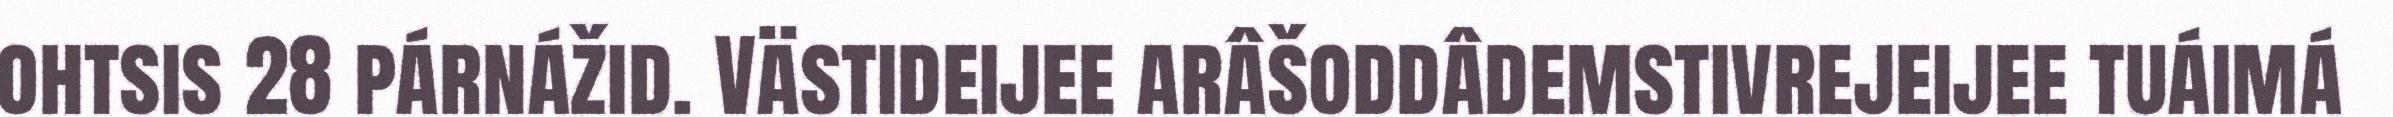
ohtsis 28 párnážid. Västideijee arâšoddâdemstivrejeijee tuáimá